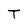
Character: T